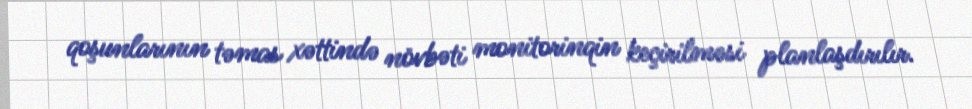
qoşunlarının təmas xəttində növbəti monitorinqin keçirilməsi planlaşdırılır.